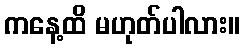
ကနေ့ထိ မဟုတ်ပါလား။